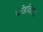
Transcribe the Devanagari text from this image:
फोडवितात